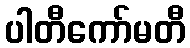
ပါတီကော်မတီ